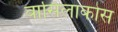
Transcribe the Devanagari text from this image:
वासिलाकोस